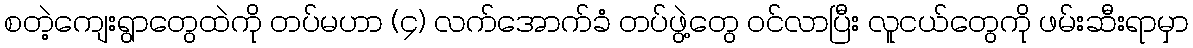
စတဲ့ကျေးရွာတွေထဲကို တပ်မဟာ (၄) လက်အောက်ခံ တပ်ဖွဲ့တွေ ဝင်လာပြီး လူငယ်တွေကို ဖမ်းဆီးရာမှာ